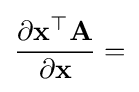
{\frac {\partial \mathbf {x} ^{\top }\mathbf {A} }{\partial \mathbf {x} }}=